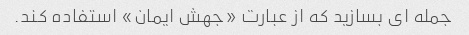
جمله ای بسازید که از عبارت «جهش ایمان» استفاده کند.